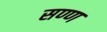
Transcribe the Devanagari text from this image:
सण्ण